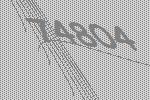
74804